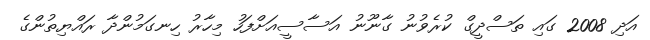
އަދި 2008 ގައި ތަސްދީގް ކުރެވުނު ގާނޫނު އަސާސީއަށްފަހު މިހާރު ހިނގަމުންދާ ރައްޔިތުންގެ